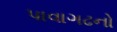
પાવાગઢનો